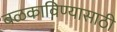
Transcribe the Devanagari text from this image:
बळकाविण्यासाठी